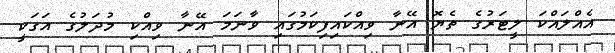
އެއްލައްކަ ލީޓަރުގެ ތެޔޮ އޭނާ ވިއްކައިފިކަމުގައި ވާނަމަ އޭނާ ވިއްކި މުދަލުގެ އަގަކީ